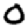
Digit: 0